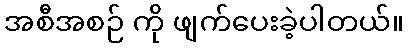
အစီအစဉ် ကို ဖျက်ပေးခဲ့ပါတယ်။